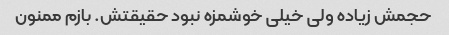
حجمش زیاده ولی خیلی خوشمزه نبود حقیقتش. بازم ممنون